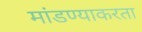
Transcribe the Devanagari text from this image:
मांडण्याकरता